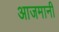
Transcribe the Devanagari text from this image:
आजमानी